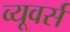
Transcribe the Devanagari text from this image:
व्यूवर्स